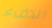
الدفء